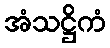
အံသဋ္ဌိကံ